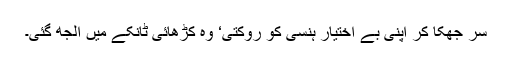
سر جھکا کر اپنی بے اختیار ہنسی کو روکتی‘ وہ کڑھائی ٹانکے میں الجھ گئی۔